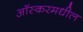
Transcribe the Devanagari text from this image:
आॅस्करमधील